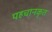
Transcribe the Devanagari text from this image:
पहचानकृत